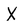
Character: X